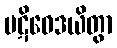
ပဋိဝေဒယိတွာ